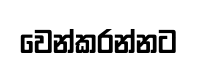
වෙන්කරන්නට